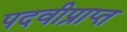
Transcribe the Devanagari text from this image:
पदवीप्राप्त